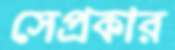
সেপ্রকার